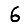
Digit: 6